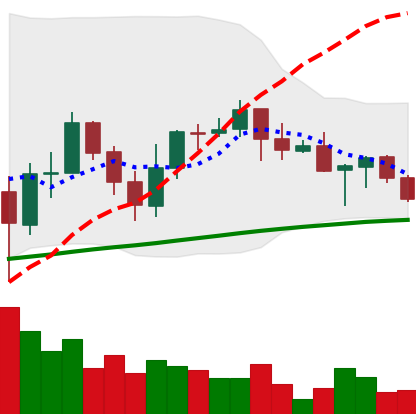
Ticker: ADA-USD
Chart end date: 2021-06-11
Forward return: 3.216%
Label: up_3_5